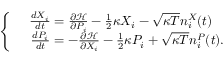
\begin{array} { r } { \left\{ \begin{array} { c } { \frac { d X _ { i } } { d t } = \frac { \partial \mathcal { H } } { \partial P _ { i } } - \frac { 1 } { 2 } \kappa X _ { i } - \sqrt { \kappa T } n _ { i } ^ { X } ( t ) } \\ { \ \ \ \frac { d P _ { i } } { d t } = - \frac { \partial \mathcal { H } } { \partial X _ { i } } - \frac { 1 } { 2 } \kappa P _ { i } + \sqrt { \kappa T } n _ { i } ^ { P } ( t ) . } \end{array} \right. } \end{array}